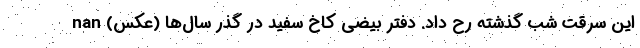
این سرقت شب گذشته رح داد. دفتر بیضی کاخ سفید در گذر سال‌ها (عکس) nan